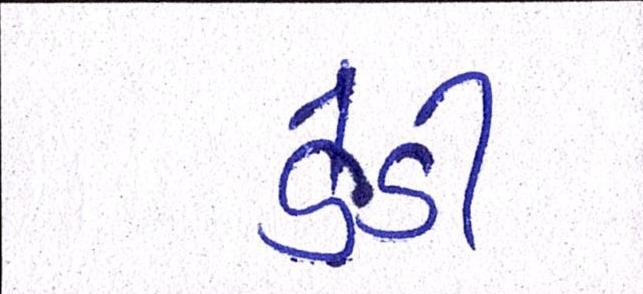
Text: ડેડી